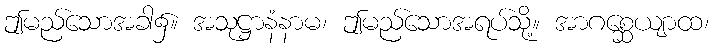
ဤမည်သောအခါ၌။ အသုဋ္ဌာနံနာမ၊ ဤမည်သောအရပ်သို့။ အာဂစ္ဆေယျာထ၊